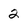
Character: 2